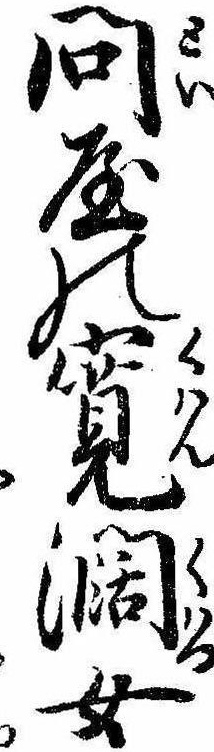
問屋の寛闊女